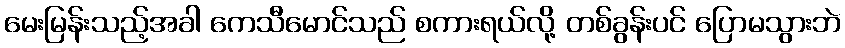
မေးမြန်းသည့်အခါ ကေသီမောင်သည် စကားရယ်လို့ တစ်ခွန်းပင် ပြောမသွားဘဲ